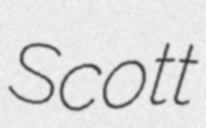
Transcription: Scott